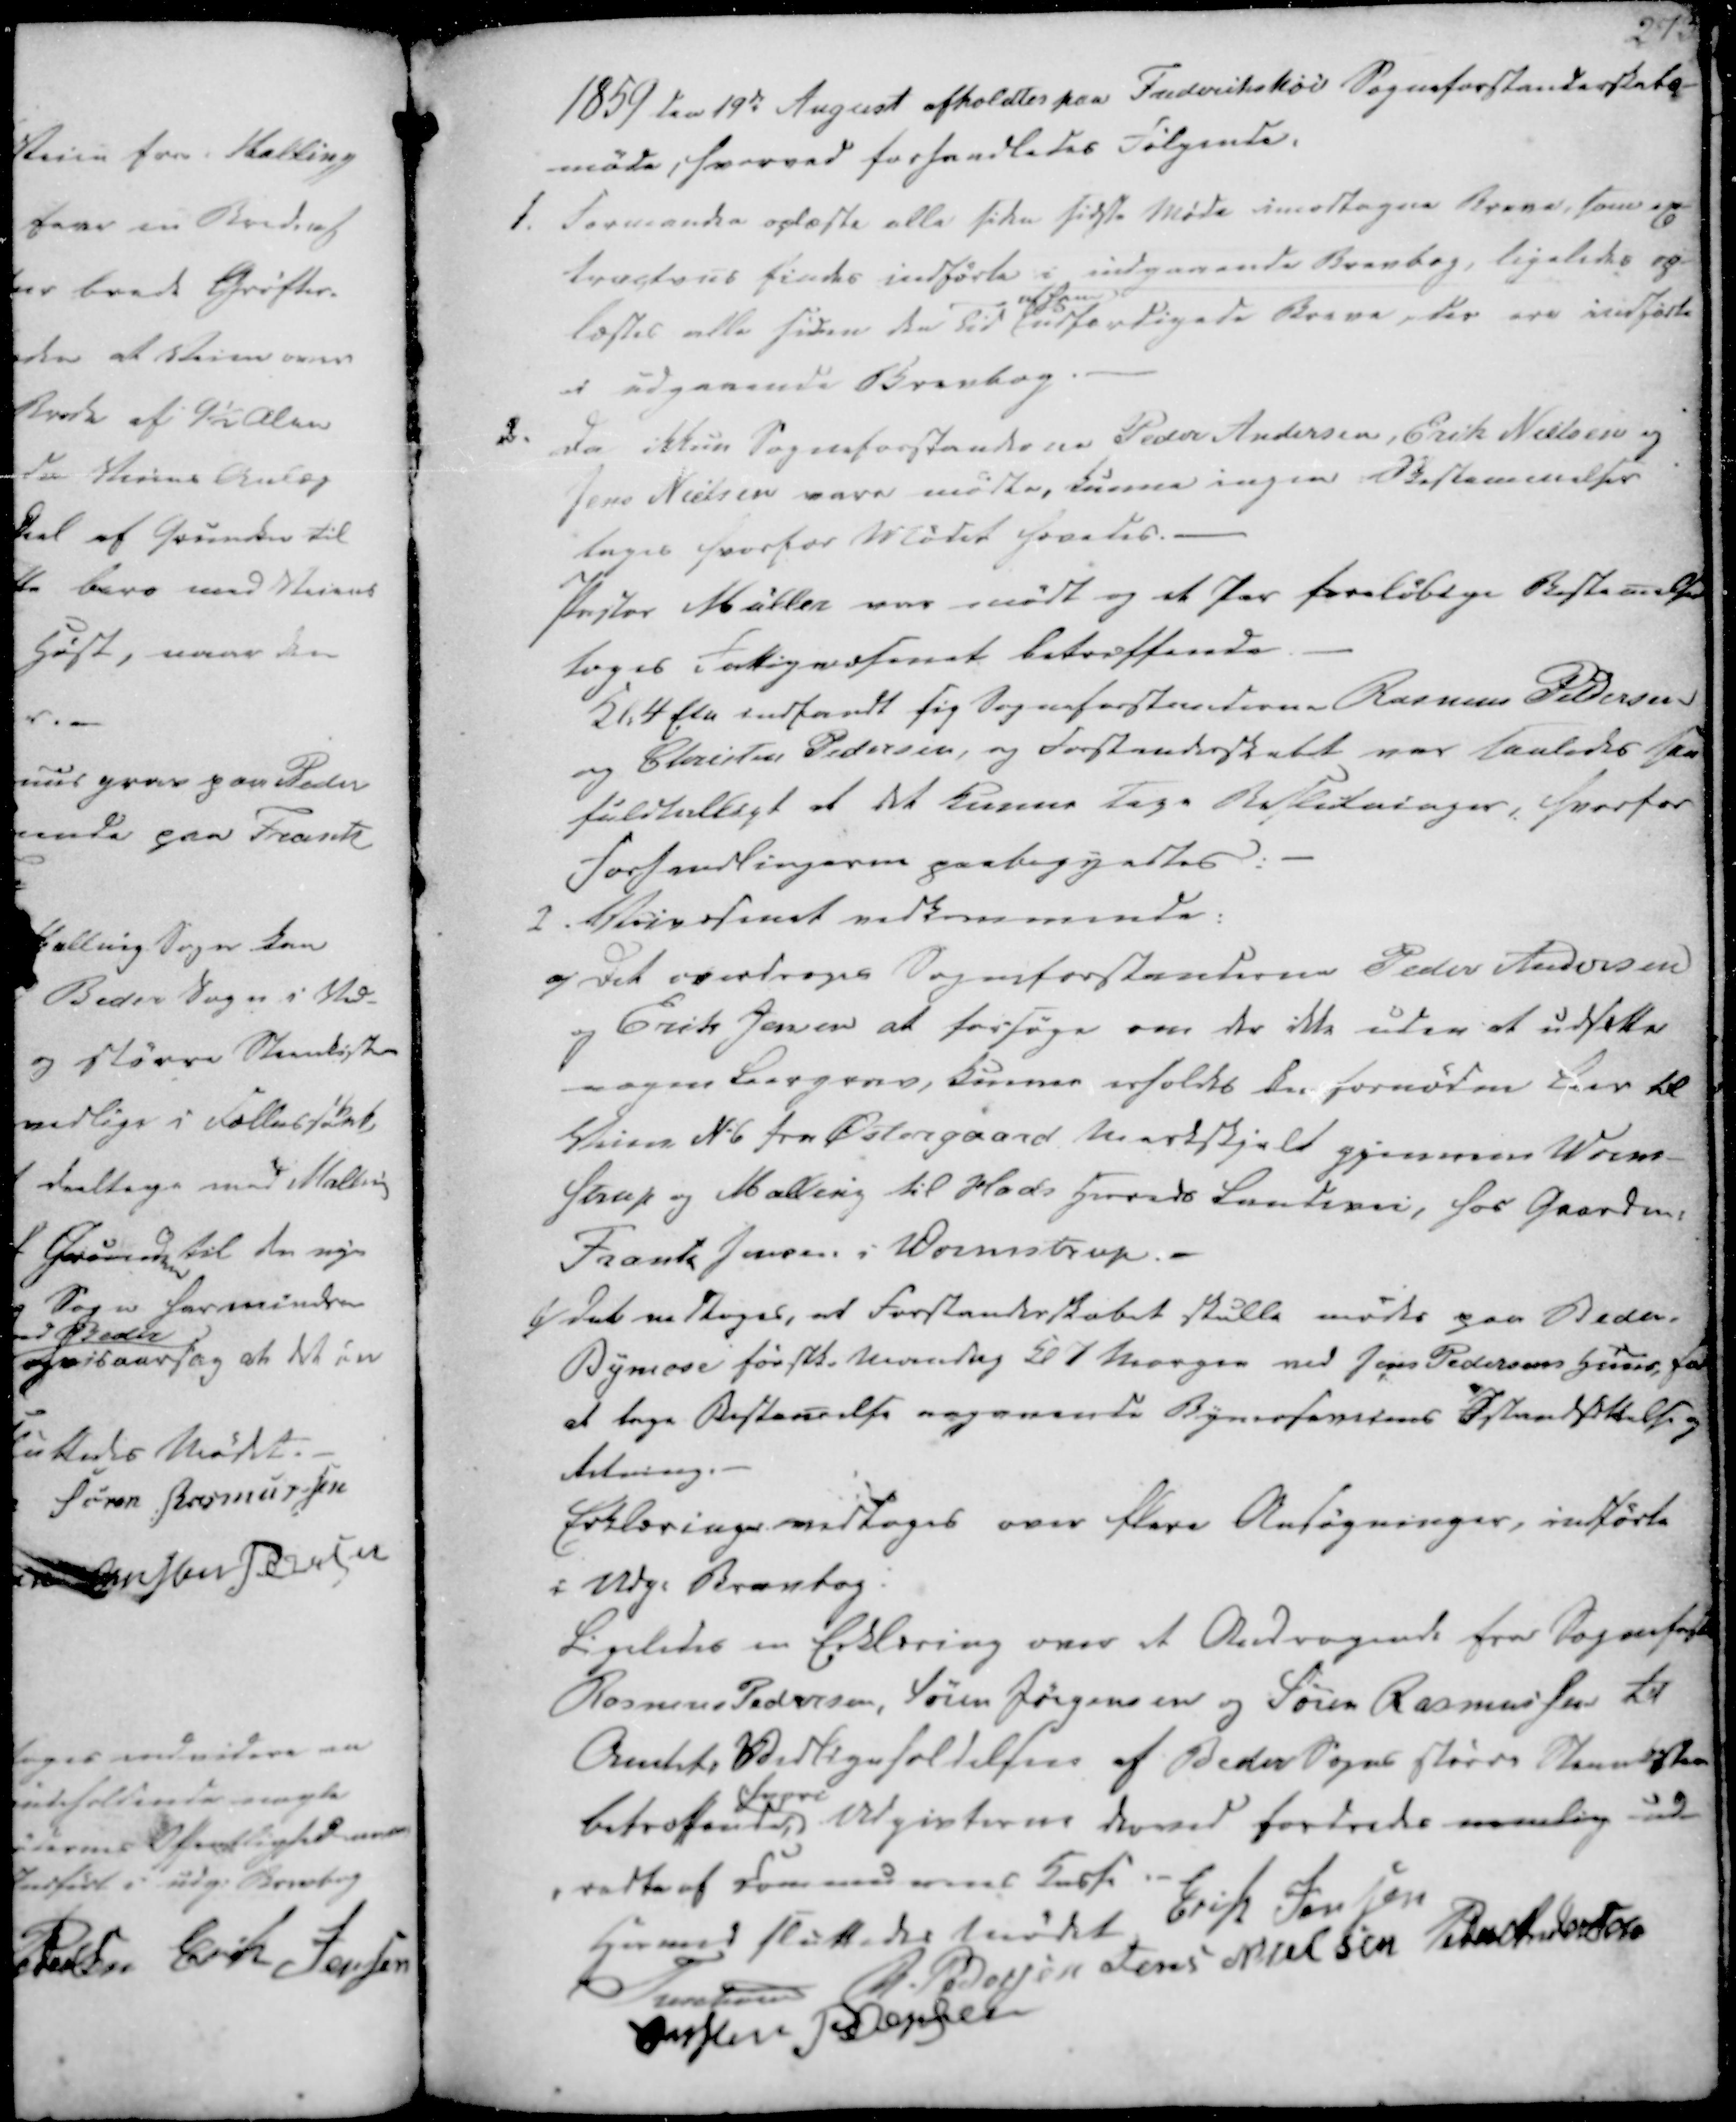
Transskription:
1859 den 19de August afholdtes paa Frederikshøi Sogneforstanderskabs-
møde, hvorved forhandledes Følgende.

1. Formanden oplæste alle siden sidste Møde imodtagne Breve, som ex-
tractsus findes indførte i indgaaende Brevbog, ligeledes op-
læstes alle siden den Tid
afsendte
udfærdigede Breve, der ere indførte
i udgaaende Brevbog.

2.
Da ikkun Sogneforstanderne Peder Andersen, Erik Nielsen og
Jens Nielsen vare mødte, kunne ingen Bestemmelser
tages hvorfor Mødet hævedes.
Pastor Müller var mødt og et Par foreløbige Bestemelser
toges Fattigvæsenet betræffende
Kl. 4 Eta indfandt indfandt sig Sogneforstanderne Rasmus Pedersen
og Christen Pedersen, og Forstanderskabet var saaledes saa
fuldtalligt at det kunne tage Beslutninger, hvorfor
Forhandlingerne paabegyndtes:
2. Veivæsenet vedkommende:
a/ Det overdroges Sogneforstanderne Peder Andersen
og Erik Jensen at forsøge om der ikke uden at udsætte
nogen Lergers, kunne erholdes den fornødne Lov til
Veien No 6 fra Østergaard Markskjeld gjennem Worm-
strup og Malling til Hads Herreds Landevei, hos Gaardm.
Frants Jensen i Wormstrup.
b/ Det vedtoges, at Forstanderskabet skulle mødes paa Beder-
Bymose førstk. Mandag Kl 7 Morgen ved Jens Pedersen Huus, for
at tage Bestemelse angaaende Bymosenstens Istandsættelse og
Retning.
Erklæringer vedtages over flere Ansøgninger, indførte
i Udg. Brevbog.
Ligeledes en Erklæring over et Andragende fra Sogneforst
Rasmus Pedersen, Søren Jørgensen og Søren Rasmussen til
Amtet: Vedligeholdelsen af Beder Sogns større Steenkister
betræffendes, svare Udgivterne derved fordredes nemlig ud-
-redte af Communens Kasse

Hermed sluttedes Mødet
Erik Jensen
Treschov
R. Pedersen
Jens Nielsen
Peder Andersen
Christen Pedersen